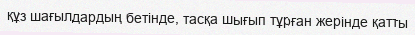
құз шағылдардың бетінде, тасқа шығып тұрған жерінде қатты